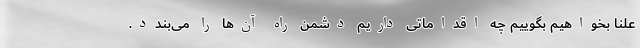
علناً بخواهیم بگوییم چه اقداماتی داریم دشمن راه آن‌ها را می‌بندد.